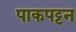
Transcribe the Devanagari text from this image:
पाकपट्टन